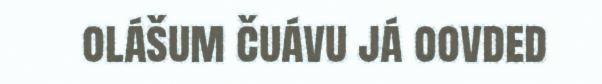
olášum čuávu já oovded